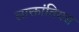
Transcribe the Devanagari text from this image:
लाक्तांतियस